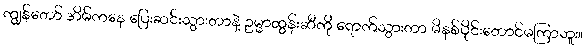
ကျွန်တော် အိမ်ကနေ ပြေးဆင်းသွားတာနဲ့ ဥမ္မာထွန်းဆီကို ရောက်သွားတာ မိနစ်ပိုင်းတောင်မကြာဘူး။